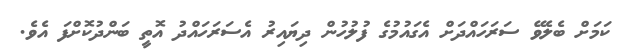
ކަމަށް ބެލެވޭ ސަރަހައްދަށް އެގައުމުގެ ފުލުހުން ދިޔައިރު އެސަރަހައްދު އޮތީ ބަންދުކޮށްފަ އެވެ.